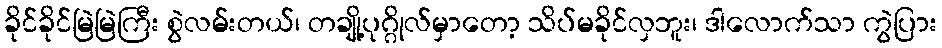
ခိုင်ခိုင်မြဲမြဲကြီး စွဲလမ်းတယ်၊ တချို့ပုဂ္ဂိုလ်မှာတော့ သိပ်မခိုင်လှဘူး၊ ဒါလောက်သာ ကွဲပြား